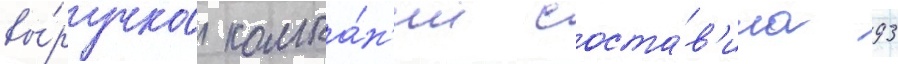
вы́ручка компа́н'ии соста́в'ила 93